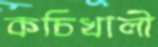
কচিখালী